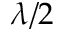
\lambda / 2